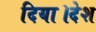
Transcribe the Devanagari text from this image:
दिया।देश